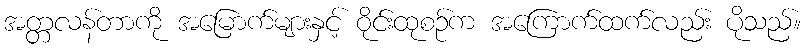
အတ္တလန်တာကို အမြောက်များနှင့် ဝိုင်းထုစဉ်က အကြောက်ထက်လည်း ပိုသည်။